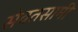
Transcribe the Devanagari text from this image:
सेवतसामी